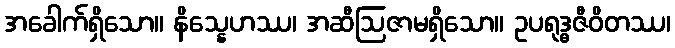
အခေါက်ရှိသော။ နိသ္နေဟဿ၊ အဆီဩဇာမရှိသော။ ဥပရုဒ္ဓဇီဝိတဿ၊